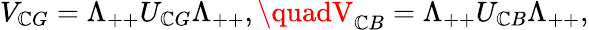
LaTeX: V_{\mathbb{C}G}=\Lambda_{++}U_{\mathbb{C}G}\Lambda_{++},\quadV_{\mathbb{C}B}=\Lambda_{++}U_{\mathbb{C}B}\Lambda_{++},